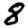
Digit: 8